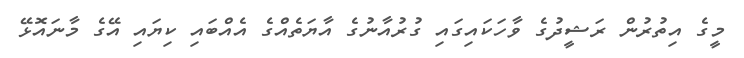
މީގެ އިތުރުން ރަޝީދުގެ ވާހަކައިގައި ގުރުއާނުގެ އާޔަތެއްގެ އެއްބައި ކިޔައި އޭގެ މާނައޮޅޭ